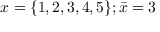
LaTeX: x = \{ 1 , 2 , 3 , 4 , 5 \} ; { \bar { x } } = 3